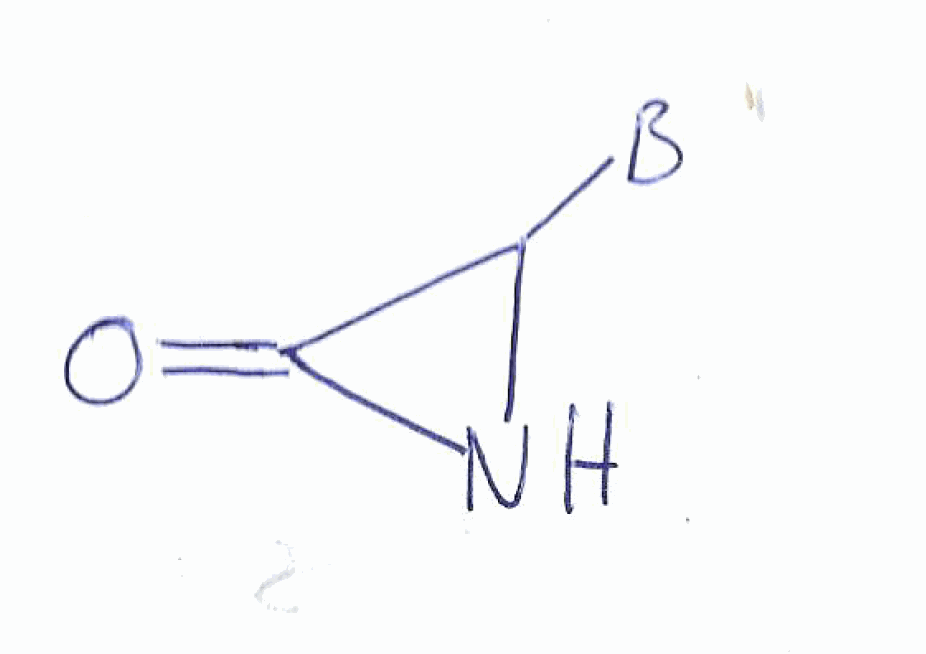
Simplified molecular-input line-entry system (SMILES) notation of the given molecule:
[B]C1C(=O)N1